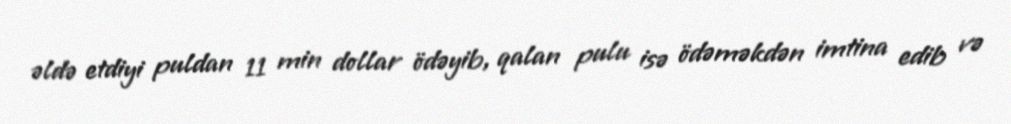
əldə etdiyi puldan 11 min dollar ödəyib, qalan pulu isə ödəməkdən imtina edib və